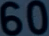
60